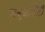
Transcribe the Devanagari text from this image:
शंबूकाचीही